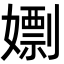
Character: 𡢱